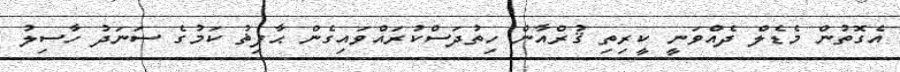
އެގޮތުން މެޑެލް ދެއްވަނީ ކީރިތި ޤުރްއާން ހިތުދަސްކުރައްވައިގެން ޙާފިޡު ކަމުގެ ސަނަދު ހާސިލު